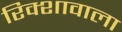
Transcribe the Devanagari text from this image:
रिक्शावाला